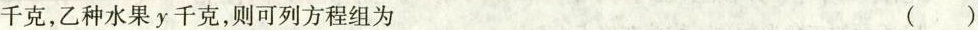
千克，乙种水果y千克，则可列方程组为 ()